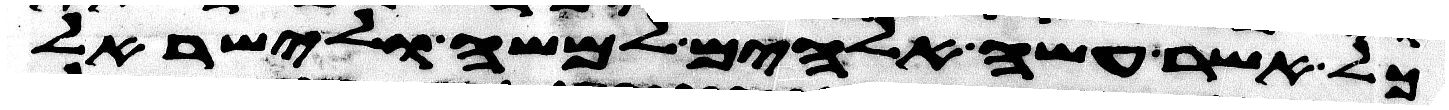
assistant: כל אשר עשה אלהים למשה ולישראל